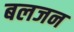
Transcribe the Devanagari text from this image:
बलजन